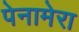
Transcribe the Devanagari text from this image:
पेनामेरा